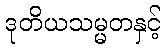
ဒုတိယသမ္မတနှင့်